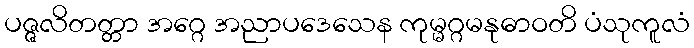
ပဇ္ဇလိတတ္တာ အဂ္ဂေ အညာပဒေသေန ကုမ္မဂ္ဂမနုဓာဝတိ ပံသုကူလံ